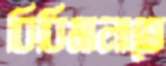
বিধিমালাতে